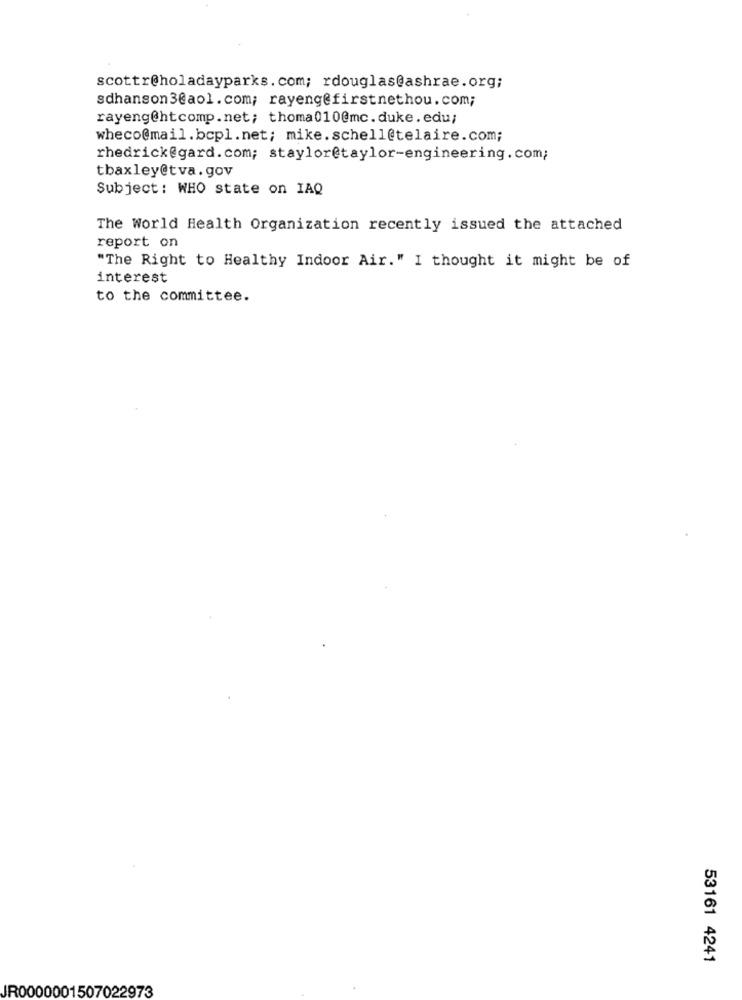
scottr@holadayparks.com; rdouglas@ashrae.org;
sdhanson3@aol.com; rayeng@firstnethou.com;
rayeng@htcomp.net; thoma010@mc.duke.edu;
wheco@mail.bcpl.net; mike.schell@telaire.com;
rhedrick@gard.com; staylor@taylor-engineering. com;
tbaxley@tva. gov
Subject : WHO state on IAQ
The World Health Organization recently issued the attached
report on
"The Right to Healthy Indoor Air." I thought it might be of
interest
to the committee.
53161 4241
JR0000001507022973